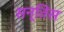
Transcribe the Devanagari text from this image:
सन्तिस